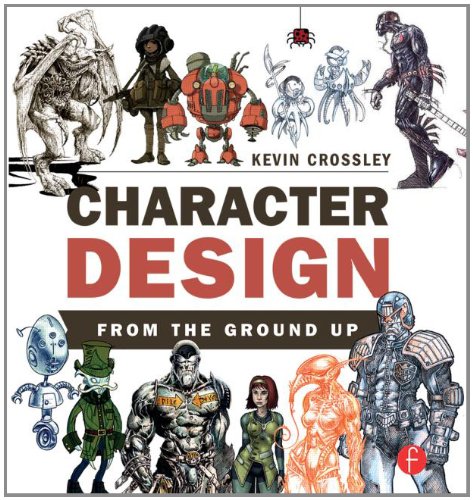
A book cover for Character Design From the Ground Up; Kevin Crossley; Comics & Graphic Novels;